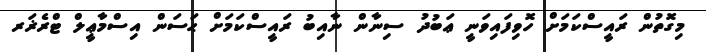
މިގޮތުން ރައީސްކަމަށް ހޮވިފައިވަނީ ޢަބުދު ސިނާން ނާއިބު ރައީސްކަމަށް ޙަސަން އިސްމާޢީލް ޓްރެޜަރ